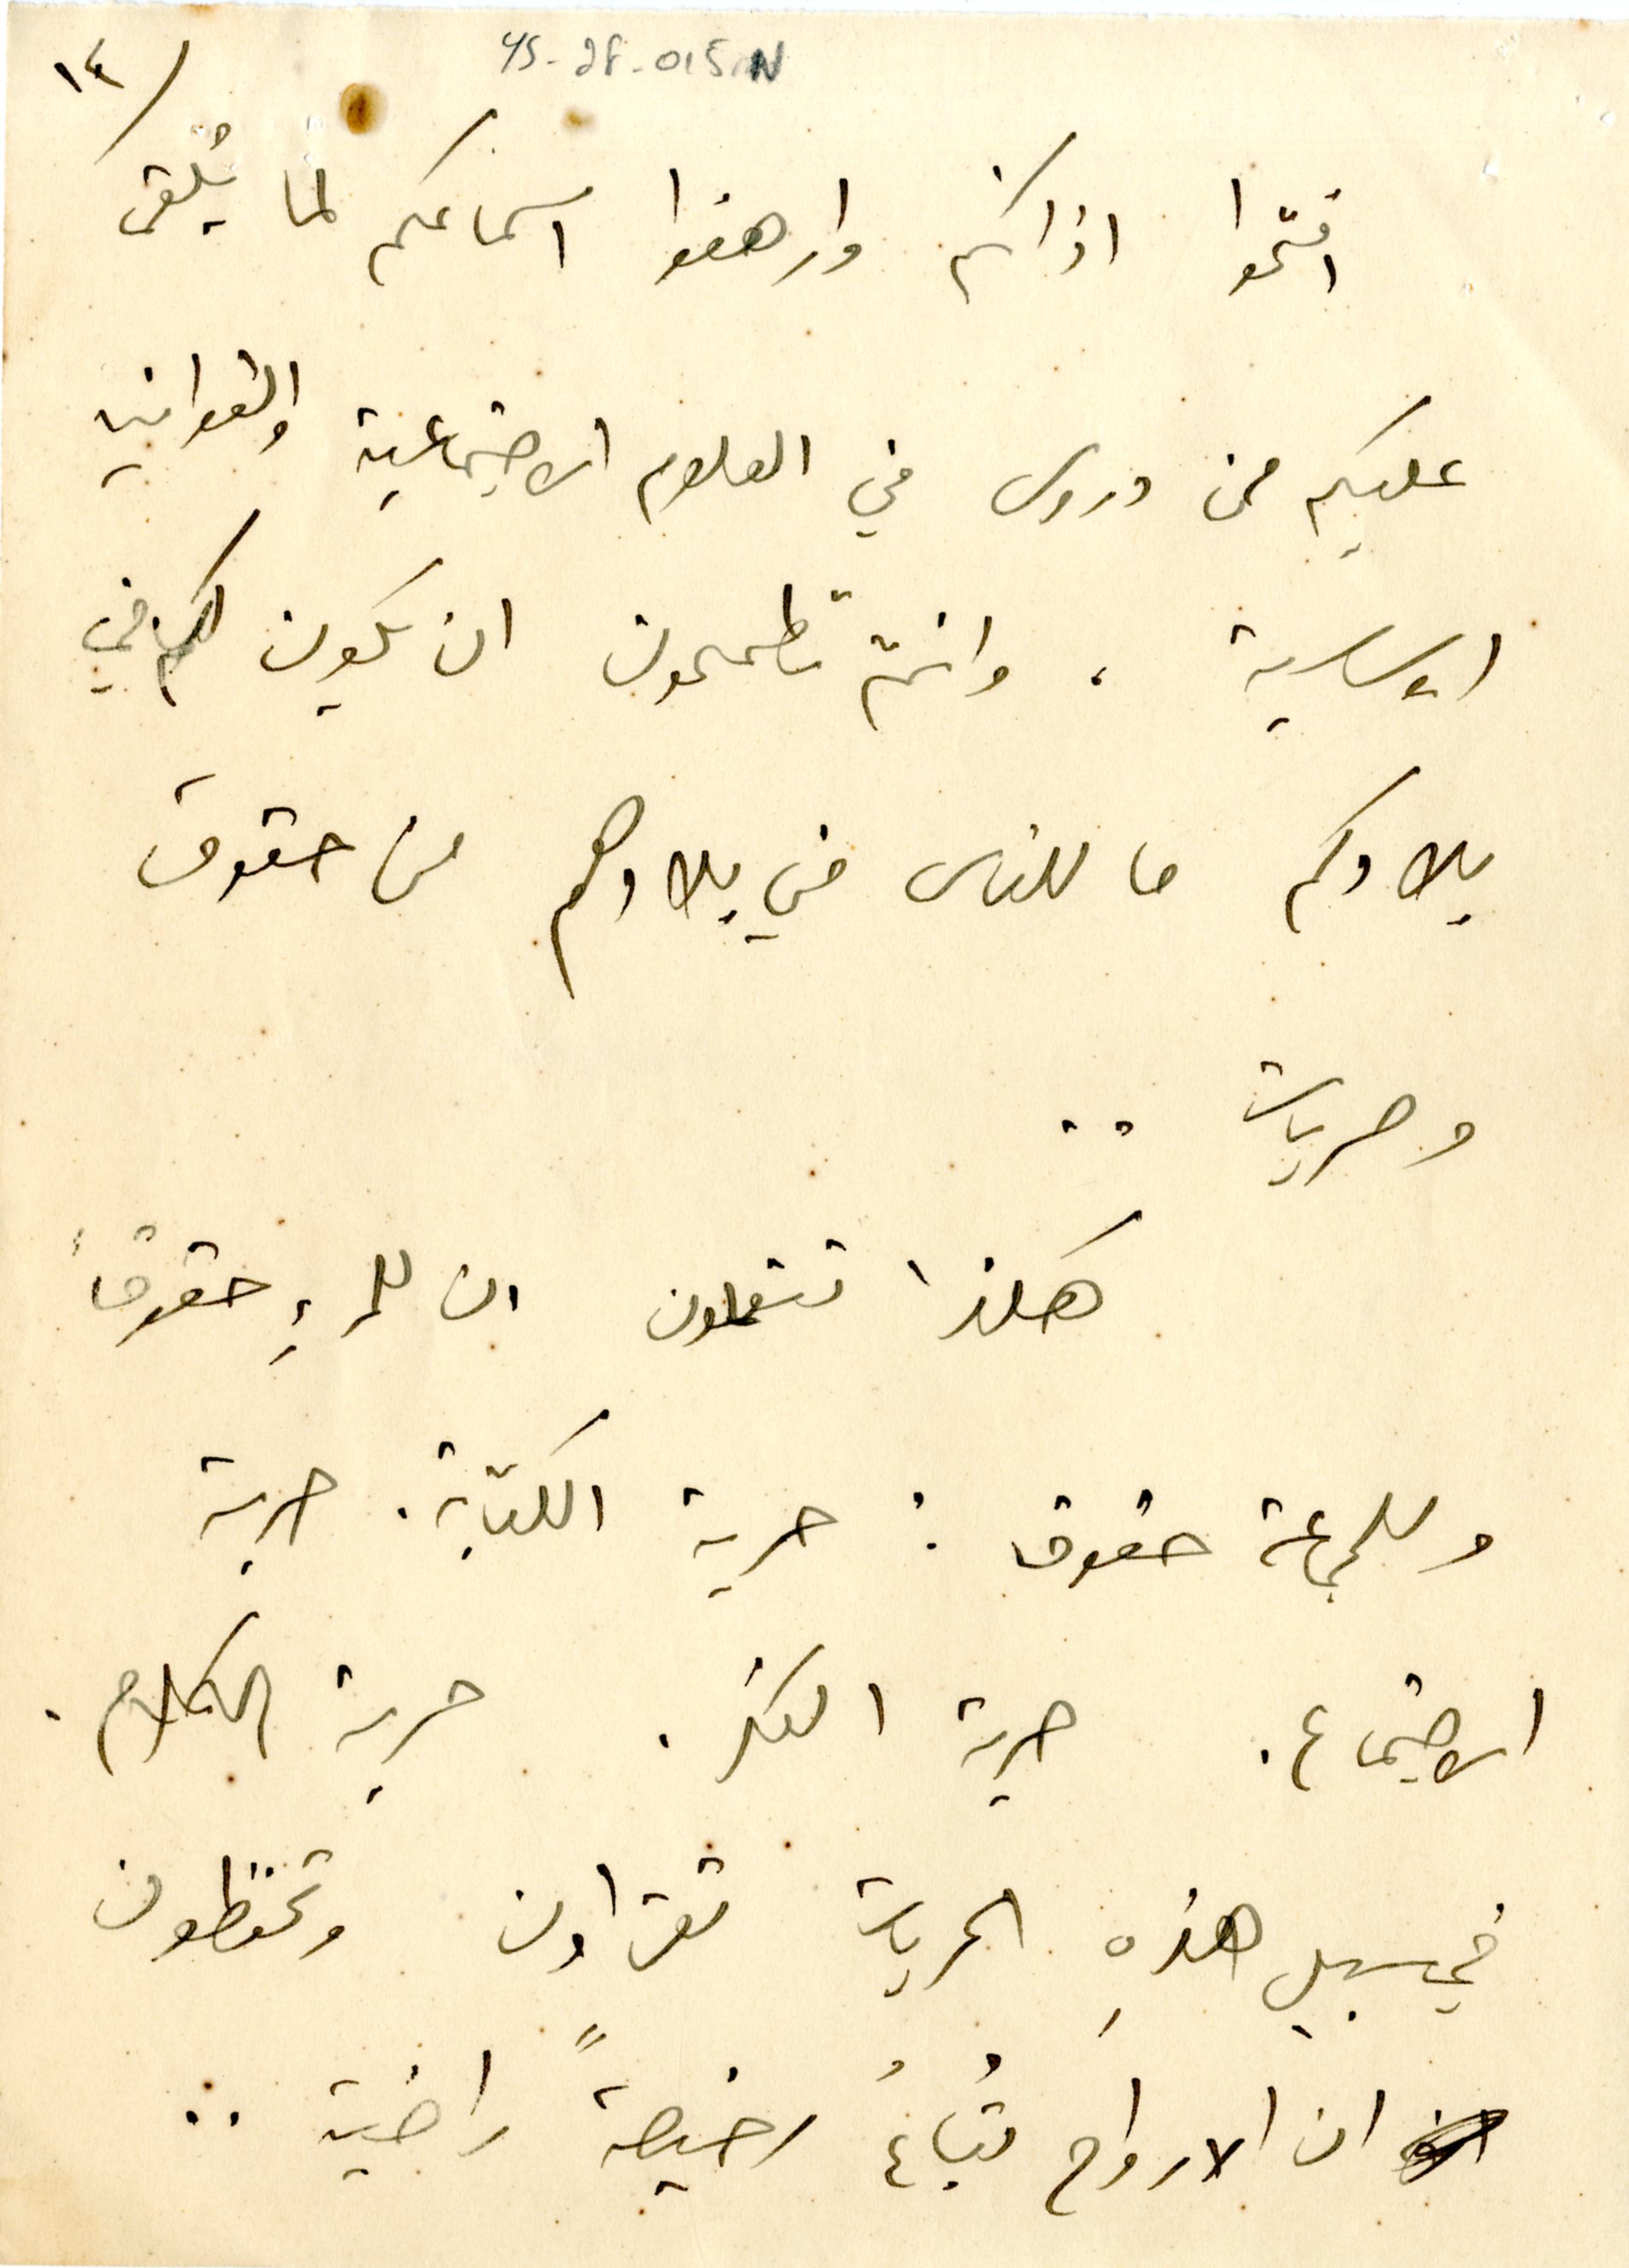
١٢	YS_2F_015N
افتحوا اذانكم وارهفوا اسماعكم لما يُلقى
عليكم من دروس في العلوم الاجتماعية والقوانين
الاساسية، وانتم تطمحون ان يكون لكم في
بلادكم ما للناس في بلادهم من حقوق
وحريات ..
هكذا تتعلمون ان للمرءِ حقوقاً
وللجماعة حقوق : حرية الكتابة. حرية
الاجتماع. حرية الفكر. حرية الكلام.
في سبيل هذه الحريات تقراون وتحفظون
ان الارواح تُباعُ رخيصةً راضية ..